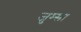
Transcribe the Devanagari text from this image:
जुम्सा